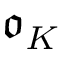
{ \mathfrak { o } } _ { K }